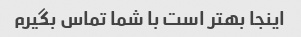
اینجا بهتر است با شما تماس بگیرم